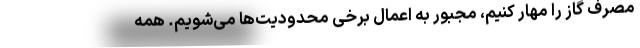
مصرف گاز را مهار کنیم، مجبور به اعمال برخی محدودیت‌ها می‌شویم. همه